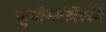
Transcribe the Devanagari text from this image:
जुगोस्लोवेंस्की